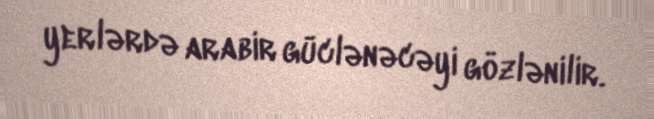
yerlərdə arabir güclənəcəyi gözlənilir.